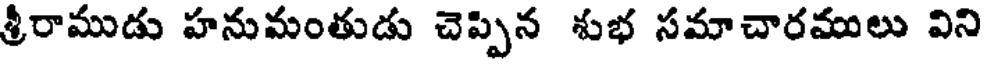
శ్రీరాముడు హనుమంతుడు చెప్పిన శుభ సమాచారములు విని